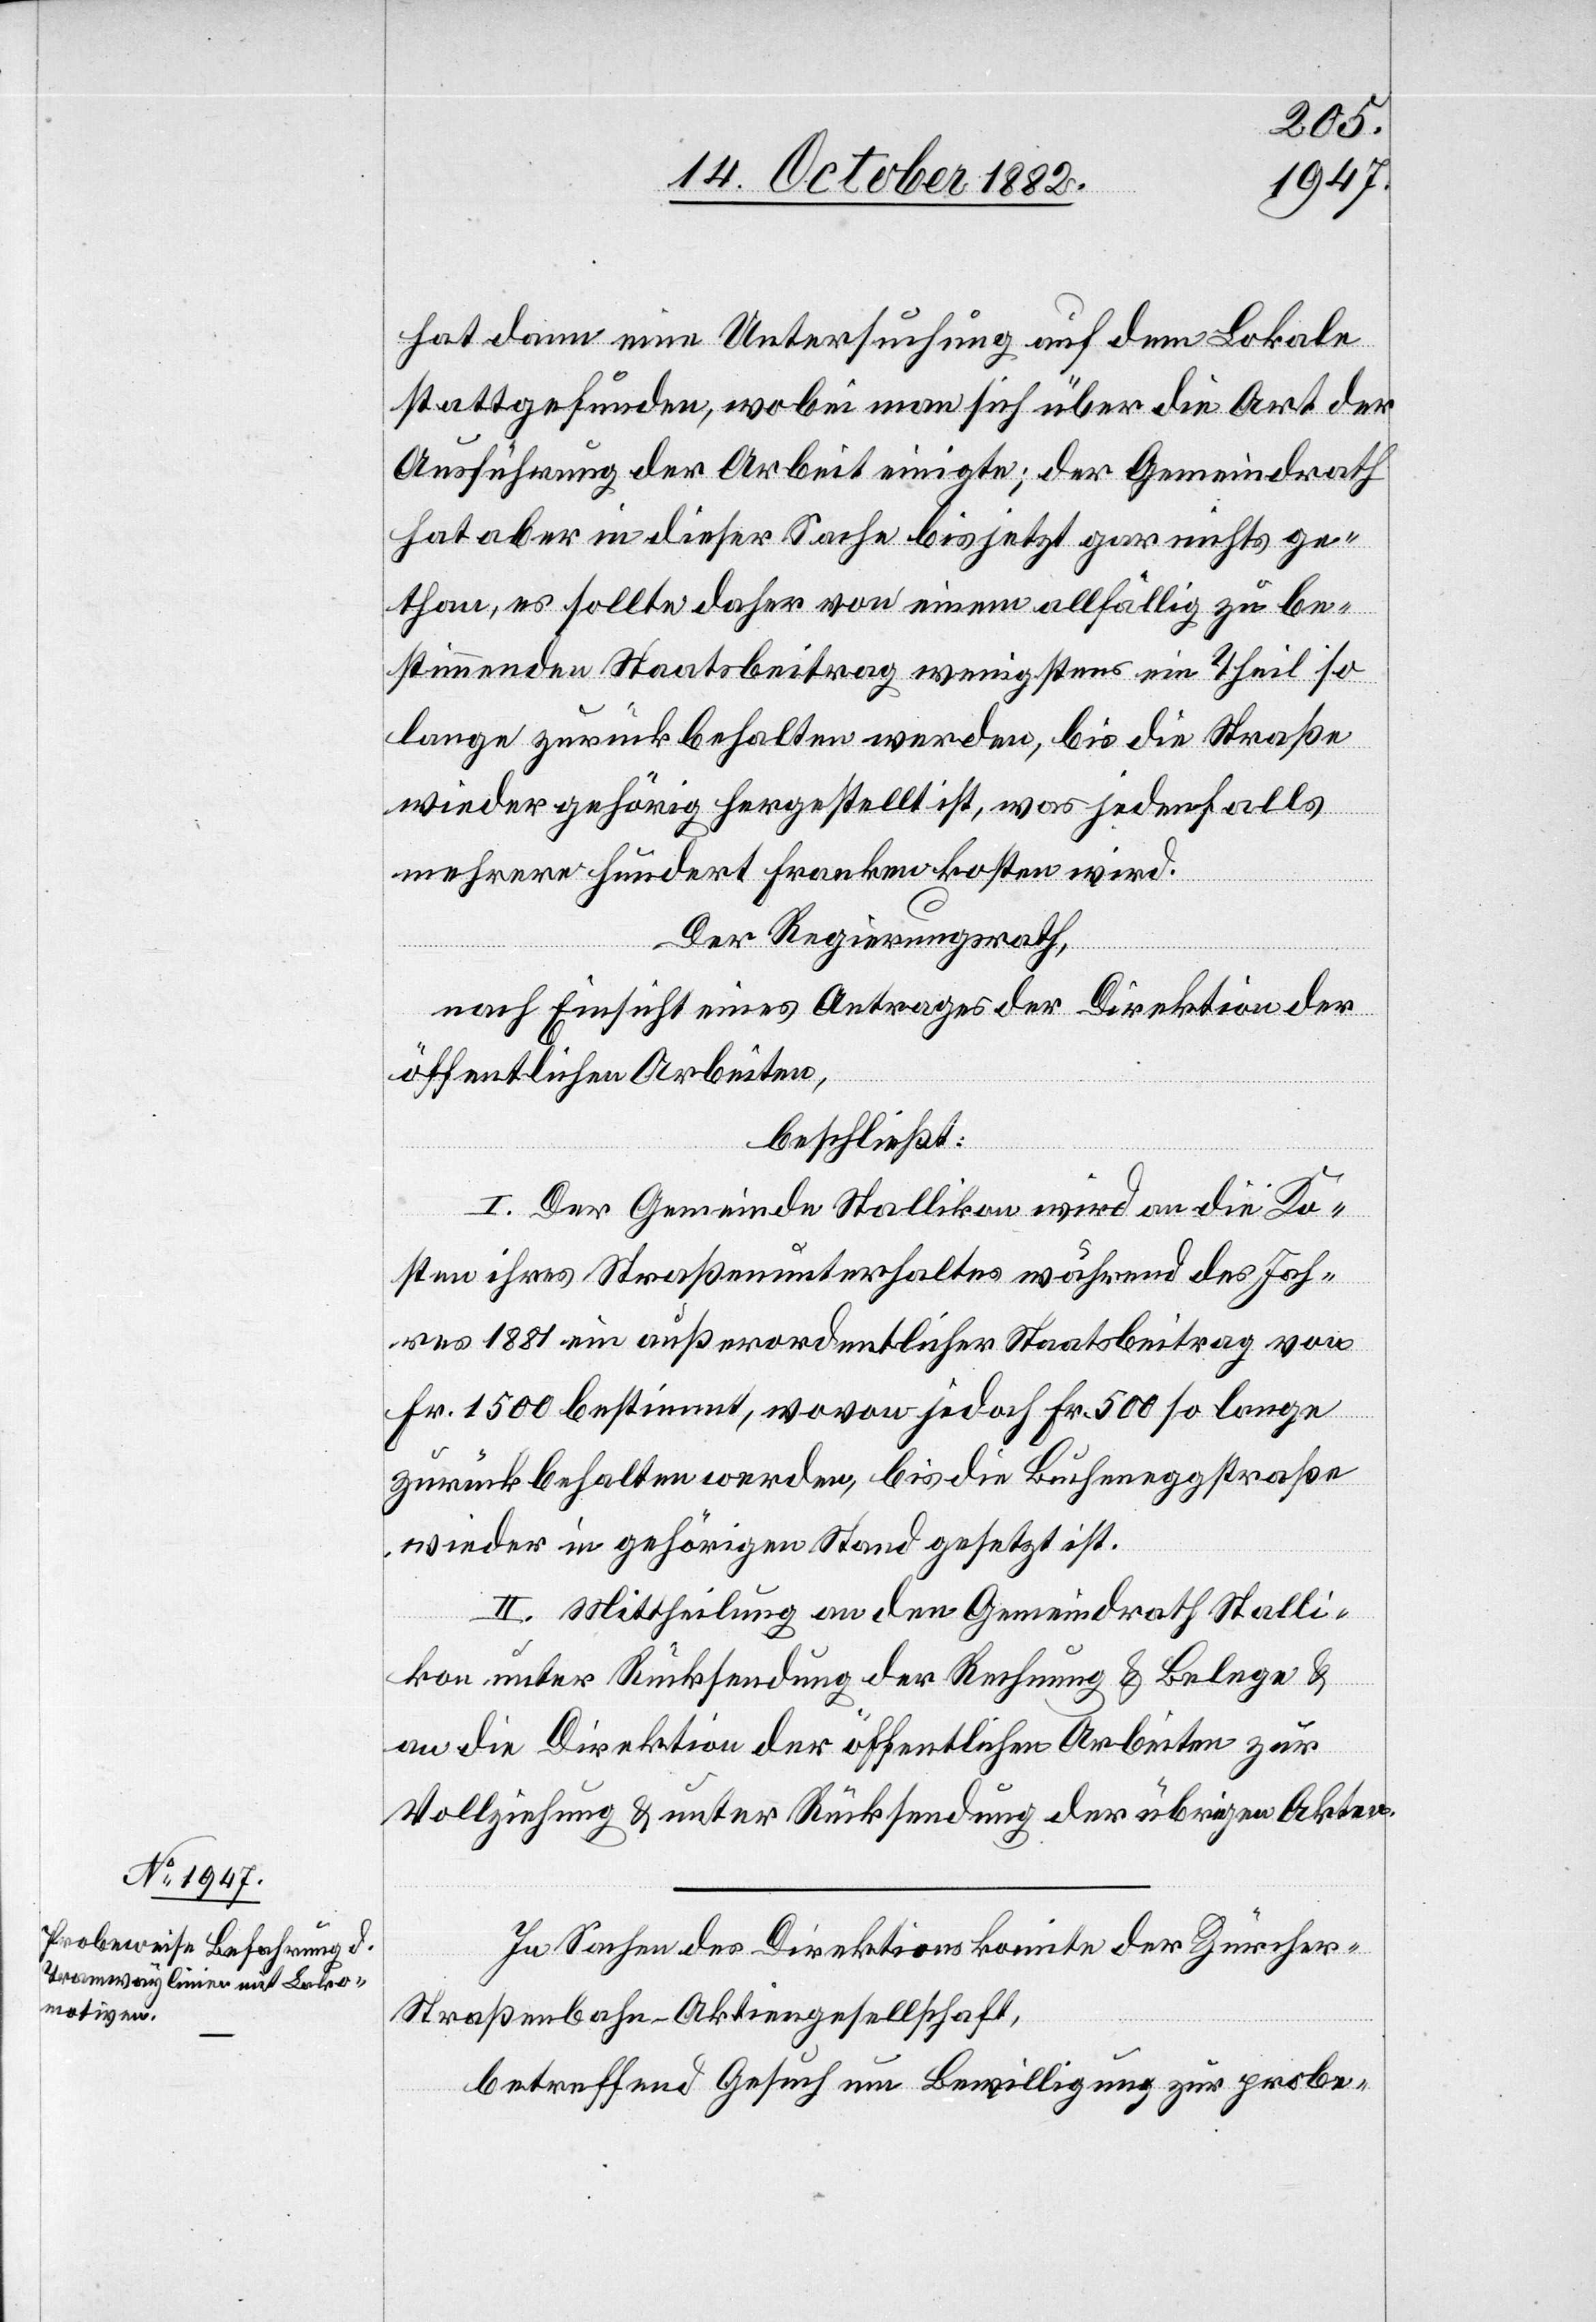
hat dann eine Untersuchung auf dem Lokale
stattgefunden, wobei man sich über die Art der
Ausführung der Arbeit einigte; der Gemeindrath
hat aber in dieser Sache bis jetzt gar nichts ge¬
than, es sollte daher von einem allfällig zu be¬
stimmenden Staatsbeitrag wenigstens ein Theil so
lange zurückbehalten werden, bis die Straße
wieder gehörig hergestellt ist, was jedenfalls
mehrere hundert Franken kosten wird.
Der Regierungsrath,
nach Einsicht eines Antrages der Direktion der
öffentlichen Arbeiten,
beschließt:
I. Der Gemeinde Stallikon wird an die Ko¬
sten ihres Straßenunterhaltes während des Jah¬
res 1881 ein außerordentlicher Staatsbeitrag von
Fr. 1500 bestimmt, wovon jedoch Fr. 500 so lange
zurückbehalten werden, bis die Bucheneggstraße
wieder in gehörigen Stand gesetzt ist.
II. Mittheilung an den Gemeindrath Stalli¬
kon unter Rücksendung der Rechnung & Belege &
an die Direktion der öffentlichen Arbeiten zur
Vollziehung & unter Rücksendung der übrigen Akten.
In Sachen des Direktionskomite der Zürche¬
r-Straßenbahn-Aktiengesellschaft,
betreffend Gesuch um Bewilligung zur probe-